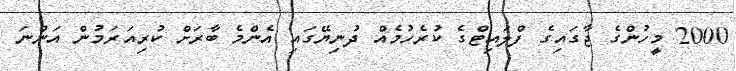
2000 މީހުންގެ ޖާގައިގެ ފްލައިޓްގެ ކުރެހުމެއް ދުނިޔޭގައި އެންމެ ބާރަށް ކުރިއަރަމުން އަންނަ